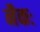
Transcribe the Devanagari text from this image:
नैकः